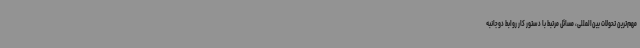
مهم‌ترین تحولات بین‌المللی، مسائل مرتبط با دستور کار روابط دوجانبه